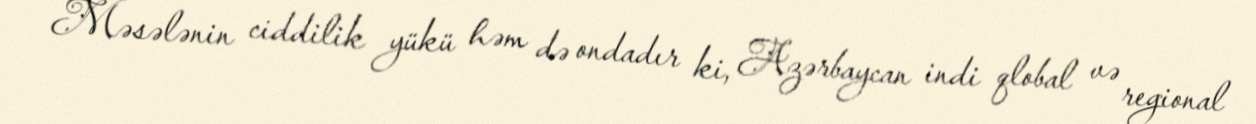
Məsələnin ciddilik yükü həm də ondadır ki, Azərbaycan indi qlobal və regional